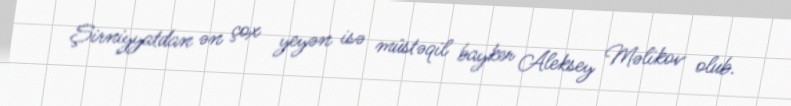
Şirniyyatdan ən çox yeyən isə müstəqil bayker Aleksey Məlikov olub.